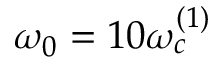
\omega _ { 0 } = 1 0 \omega _ { c } ^ { ( 1 ) }